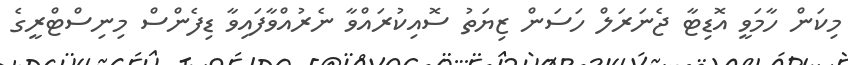
މިކަން ހާމަވީ އޮޑިޓާ ޖެނަރަލް ހަސަން ޒިޔަތު ސޮއިކުރައްވާ ނެރުއްވާފައިވާ ޑިފެންސް މިނިސްޓްރީގެ